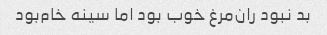
بد نبود ران‌مرغ خوب بود اما سینه خام‌بود